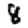
Digit: 8